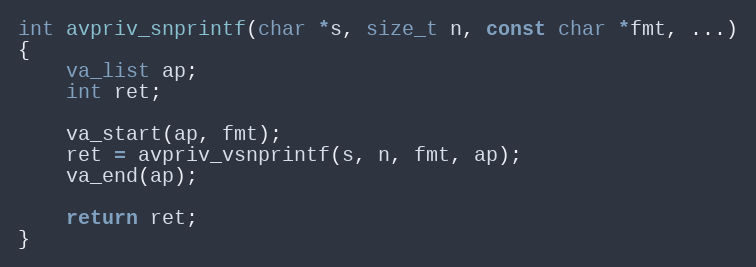
Language: C
int avpriv_snprintf(char *s, size_t n, const char *fmt, ...)
{
    va_list ap;
    int ret;

    va_start(ap, fmt);
    ret = avpriv_vsnprintf(s, n, fmt, ap);
    va_end(ap);

    return ret;
}